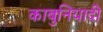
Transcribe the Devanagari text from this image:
काबुनियादी